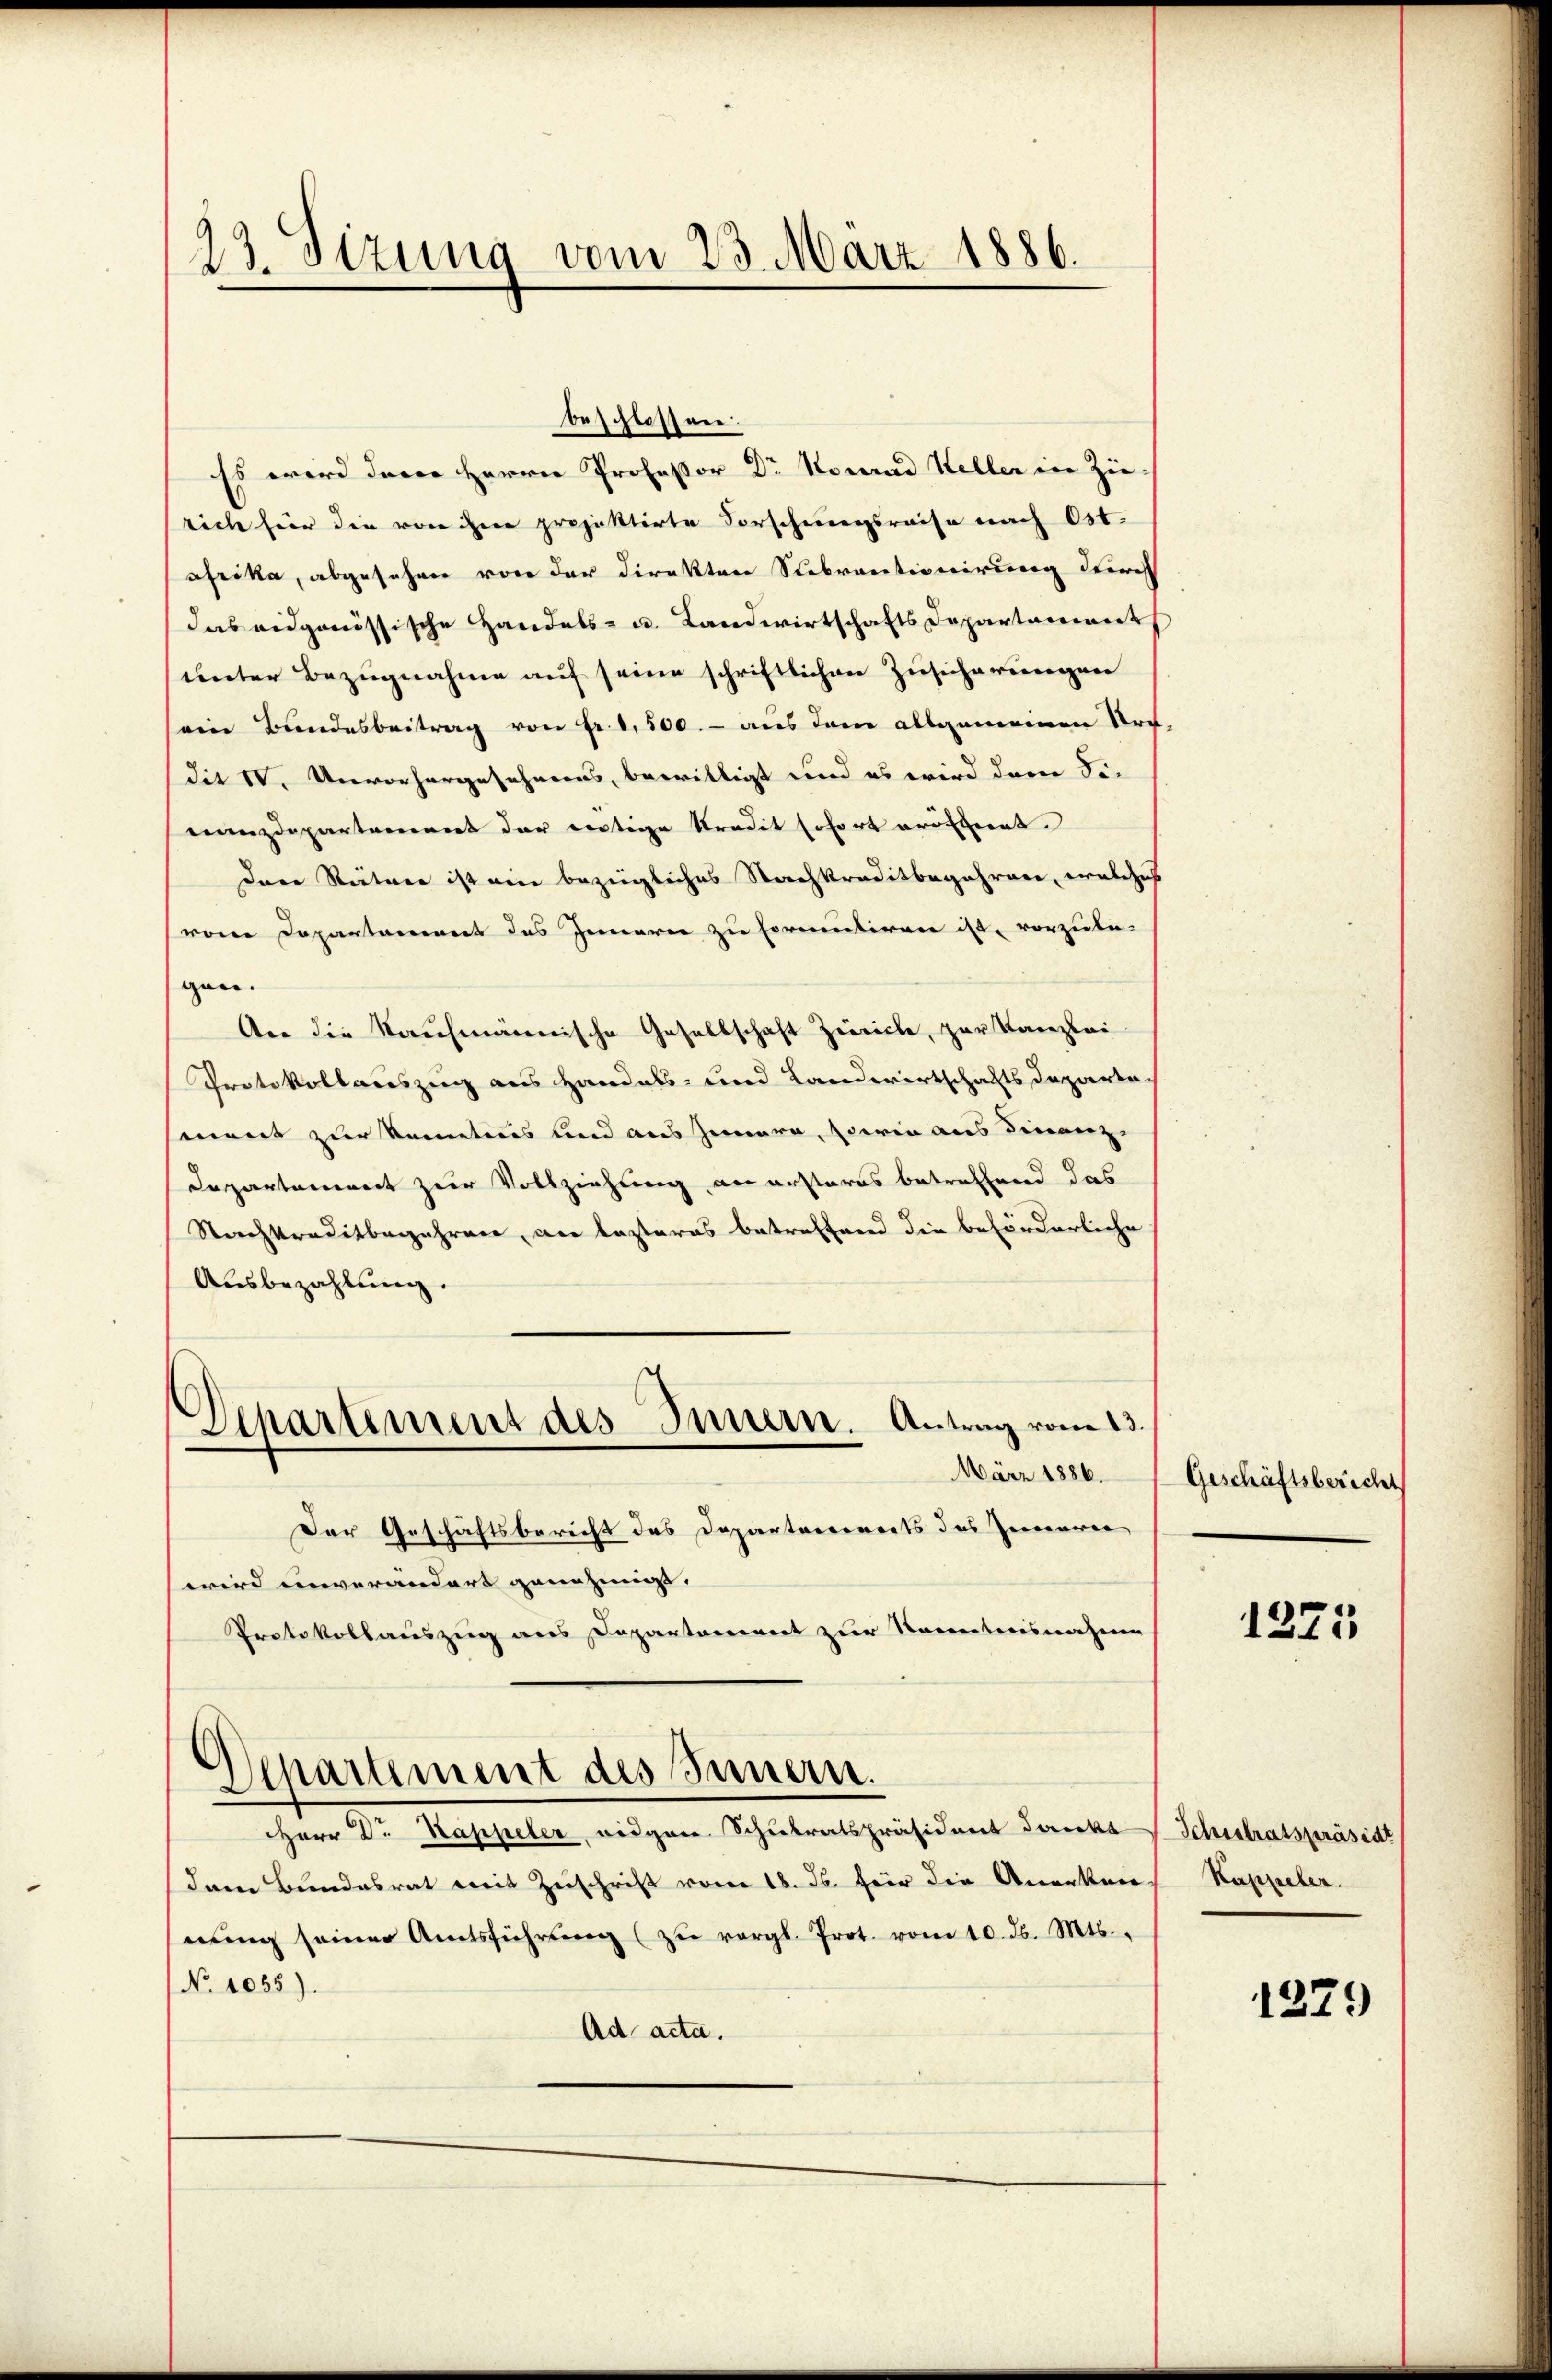
23. Sizung vom 23. März 1886.

beschlossen.
Es wird dere Herrn Professor Dr Konrad Heller in Zu- |
rich für die von ihre projektirte Vorschrungsreise nach Ost.
afrika, abgesehen von der Direkten Subventionirung durch
das eidgenössische Handels- u. Landwirtschafts Departament,
unter Bezugnahme auf seine schriftlichen Zusicherungen
eine Bundesbeitrag von Fr. 1,500.- aus dem allgemeinen Uri,
die IV. Unvorhergesehnens, bewilligt und es wird dann Sie
nanzdepartement der dortige Stradit sofort eröffent.
Den Räten ist ein bezügliches Nachkreditbegehren, welches
vom Departement des Innern zu formentiren ist, vorzube-
gen.
Ver die Kaufmännische Gesellschaft Zürich, zur Kanzlei
Protokollauszug aus Handels- und Landwirtschaftsdeparte
ment zur Seitens und aus Zimmere, sowie aus Finanz-
Departement zur Vollziehung an ersteres betreffend das
Nachkreditbegehren, an lezteres betreffend die beförderliche
Ausbezahlung.
Departement des Innern. Antrag vom 13.
März 1886.
Der Geschäftsbericht des Departarereits das Zimmerer
wird einverändert genehmigt.
Protokollauszug aus Departareinert zur Rectorisnahme
Departement des Innern.
HHerr Dr. Kappeler, Bidgare Schulratspräsident dankt
dem Bundesrat mit Zuschrift vom 18. Js. für die Anerkan
nŭng seiner Amtsführŭng zŭ vergl. Prot. vom 10. d. Mts.
No 1055).
Ad acta.

Geschäftsbericht

1275

Schistratspräsidt
Kappeler.

1279